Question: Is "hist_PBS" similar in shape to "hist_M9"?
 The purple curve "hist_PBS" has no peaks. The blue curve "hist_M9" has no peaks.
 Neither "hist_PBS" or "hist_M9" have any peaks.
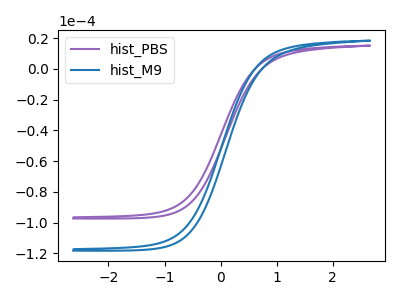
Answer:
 <answer>"hist_PBS" and "hist_M9" are similar in shape.</answer>
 <eval>same_shape</eval>